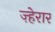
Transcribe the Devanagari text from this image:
ज़्हेरार